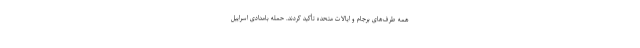
همه طرف‌های برجام و ایالات متحده تأکید کردند. حمله بامدادی اسراییل